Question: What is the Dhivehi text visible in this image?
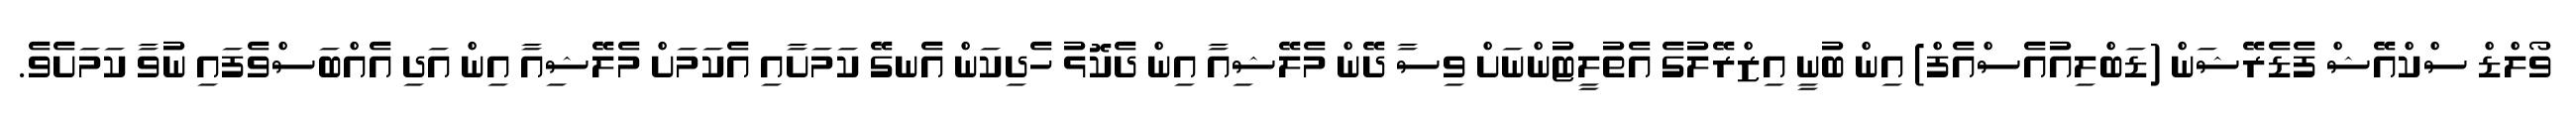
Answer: ވޯލްޑް ސްކްއޭޝް ފެޑެރޭޝަން (ޑަބްލިއުއެސްއެފް) އިން ބުނީ އިޒްރޭލުގެ އެތުލީޓުންނަށް ވިސާ ދޭން މެލޭޝިއާ އިން ދެކޮޅު ހެދިކަން އެނގޭ ކަމަށާއި އެކަމަށް މެލޭޝިއާ އިން އަދި އެއްބަސްވެފައި ނުވާ ކަމަށެވެ.